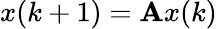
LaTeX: x(k+1)=\mathbf{A}x(k)